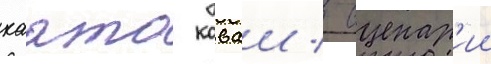
хаато каваи / сценар'ии